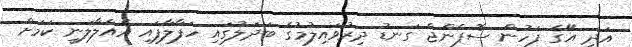
އަދި އޭގެ ފަހުން ސޮޕްންޖް ގަނޑު ދިރުވައިލުމުގެ ބަދަލުގައި ހަފާލާފައި އެއްލާލަނީ ކަމަށް